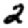
Digit: 2